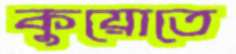
কুয়োতে